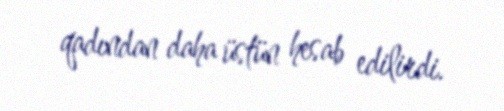
qadından daha üstün hesab edilirdi.